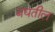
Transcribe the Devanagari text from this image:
बघतील